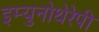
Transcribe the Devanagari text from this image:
इम्युनोथेरेपी